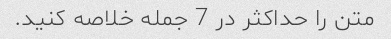
متن را حداکثر در 7 جمله خلاصه کنید.